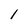
Character: l